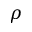
\rho